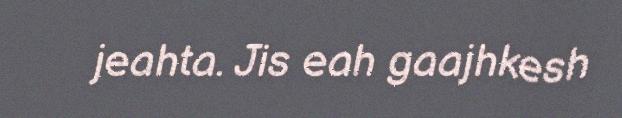
jeahta. Jis eah gaajhkesh